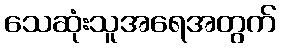
သေဆုံးသူအရေအတွက်